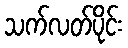
သက်လတ်ပိုင်း